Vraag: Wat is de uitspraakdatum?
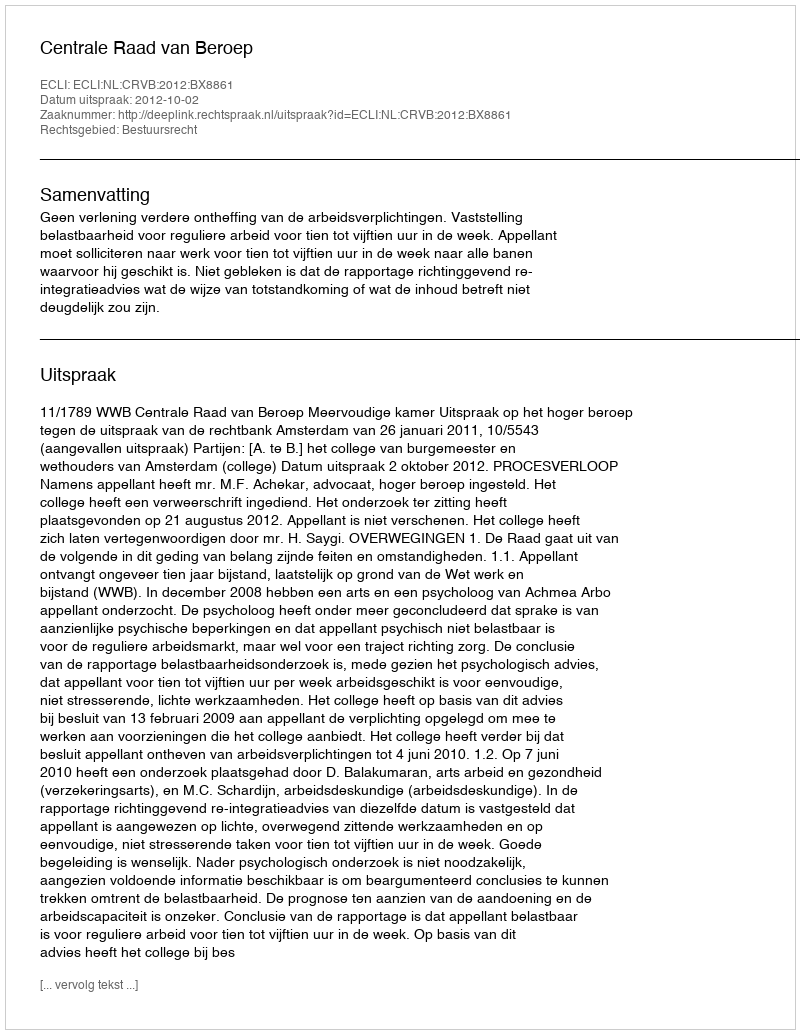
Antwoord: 2012-10-02